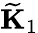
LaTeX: \widetilde{\mathbf{K}}_{1}